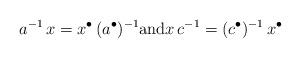
LaTeX: \begin{align*} a^{-1}\,x = x^\bullet\, (a^\bullet)^{-1} {\rm and} x \,c^{-1}=(c^\bullet)^{-1}\,x^\bullet\end{align*}